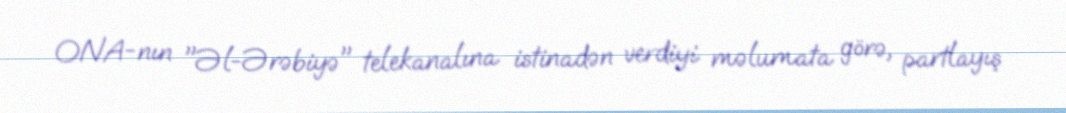
ONA-nın "Əl-Ərəbiyə" telekanalına istinadən verdiyi məlumata görə, partlayış